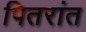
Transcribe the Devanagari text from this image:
पितरांत